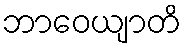
ဘာဝေယျာတိ